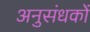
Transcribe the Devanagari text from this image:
अनुसंधकों